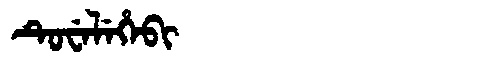
Manchu: ᡨᡠᠸᡝᠯᡝᡥᡝᠪᡳ
Romanization: TUWELEHEBI